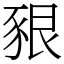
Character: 豤